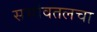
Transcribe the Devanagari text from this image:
सभोवतलचा